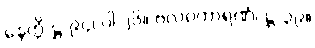
နေတ္တိ-ဋ္ဌ-၉၄၊ ပါ-၂၆။ ဗလဝကာရဏံ၊ ဋ္ဌ-၃၉။